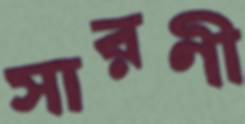
সারণী